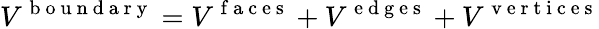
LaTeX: V^{\mathrm{~b~o~u~n~d~a~r~y~}}=V^{\mathrm{~f~a~c~e~s~}}+V^{\mathrm{~e~d~g~e~s~}}+V^{\mathrm{~v~e~r~t~i~c~e~s~}}